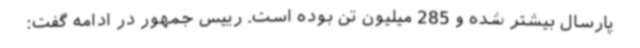
پارسال بیشتر شده و 285 میلیون تن بوده است. رییس جمهور در ادامه گفت: